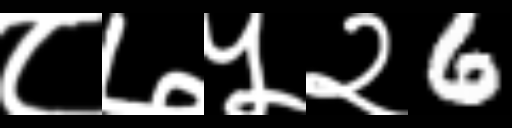
Text: ८७५२6